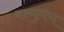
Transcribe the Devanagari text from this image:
बन्धुगण